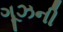
ગૂઝની